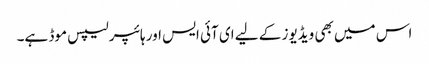
اس میں بھی ویڈیوز کے لیے ای آئی ایس اور ہائپر لیپس موڈ ہے۔